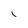
Character: L